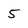
Character: 5